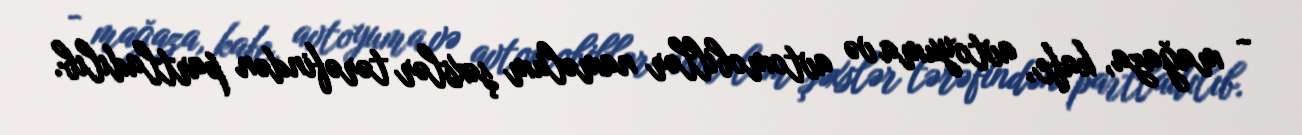
- mağaza, kafe, avtoyuma və avtomobillər naməlum şəxslər tərəfindən partladılıb.